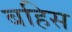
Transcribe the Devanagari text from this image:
बहिस